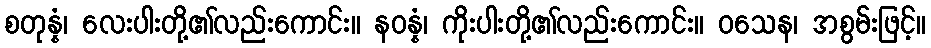
စတုန္နံ၊ လေးပါးတို့၏လည်းကောင်း။ နဝန္နံ၊ ကိုးပါးတို့၏လည်းကောင်း။ ဝသေန၊ အစွမ်းဖြင့်။